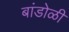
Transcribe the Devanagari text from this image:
बांडोळी